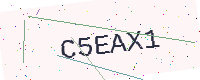
Text: C5EAX1